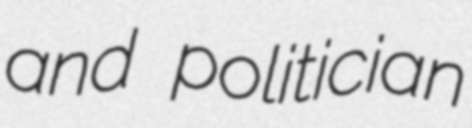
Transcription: and politician